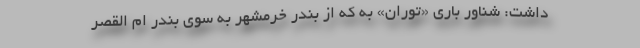
داشت: شناور باری «توران» به که از بندر خرمشهر به سوی بندر ام القصر